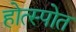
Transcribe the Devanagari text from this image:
होत्स्पोत